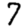
Digit: 7